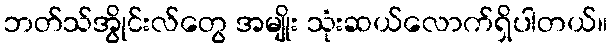
ဘတ်သ်အွိုင်းလ်တွေ အမျိုး သုံးဆယ်လောက်ရှိပါတယ်။